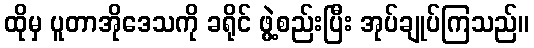
ထိုမှ ပူတာအိုဒေသကို ခရိုင် ဖွဲ့စည်းပြီး အုပ်ချုပ်ကြသည်။